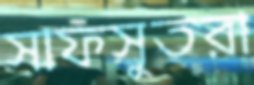
সাফসুতরা